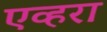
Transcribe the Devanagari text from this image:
एव्हरा